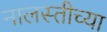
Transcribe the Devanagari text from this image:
नालस्तीच्या